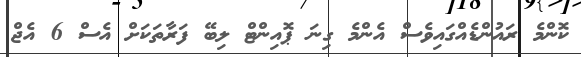
ކޮންމެ ރައުންޑެއްގައިވެސް އެންމެ ގިނަ ޕޮއިންޓް ލިބޭ ފަރާތަކަށް އެސް 6 އެޖް